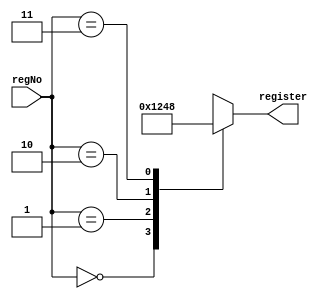
module decoder_2to4(
        output reg [3:0] register,
        input [1:0] regNo);

        always @(regNo) begin
            case (regNo)
                2'b00 : 
                    register = 4'b0001;
                2'b01 : 
                    register = 4'b0010;
                2'b10 : 
                    register = 4'b0100;
                2'b11 : 
                    register = 4'b1000;
            endcase
        end
        
endmodule


module tb_decoder;
    reg [1:0]in;
    wire [3:0]out;
    initial begin
		$dumpfile("decoder.vcd");
		$dumpvars;
	end

    decoder_2to4 dec(out,in);
    
    always begin
       
        in= 2'b11;
        #0 in = 2'b01;
        #2 $display($time," IN=%b, OUT=%b", in, out);
        #4 in = 2'b00;
        #6 $display($time," IN=%b, OUT=%b", in, out); 
        #8 $finish;
    end

endmodule